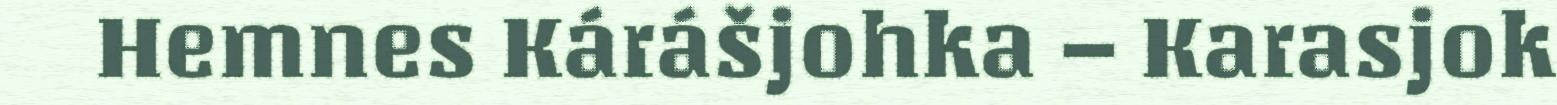
Hemnes Kárášjohka – Karasjok